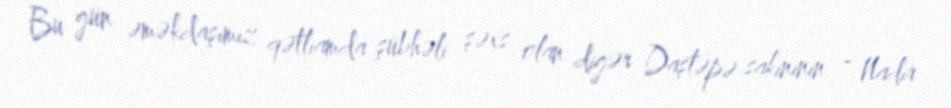
Bu gün əməkdaşımız qətliamda şübhəli şəxs olan digər Daştəpə sakininin - Nadir